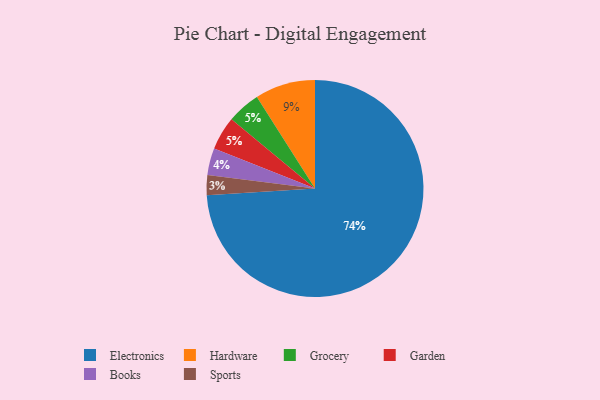
{"axis": {"x": "Category", "y": "Percentage"}, "legend": ["Books", "Electronics", "Garden", "Grocery", "Hardware", "Sports"], "data": [{"x": "Electronics", "y": 74, "type": "Electronics"}, {"x": "Sports", "y": 3, "type": "Sports"}, {"x": "Hardware", "y": 9, "type": "Hardware"}, {"x": "Grocery", "y": 5, "type": "Grocery"}, {"x": "Garden", "y": 5, "type": "Garden"}, {"x": "Books", "y": 4, "type": "Books"}]}